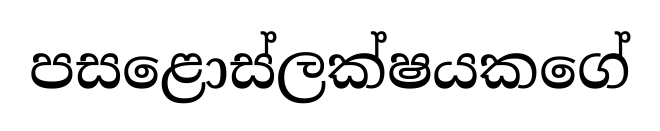
පසළොස්ලක්ෂයකගේ